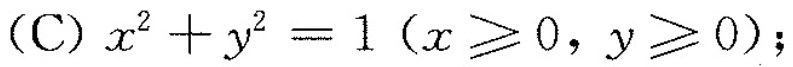
(C)$$x^{2}+y^{2}=1(x\geqslant 0，y\geqslant 0)$$；